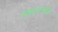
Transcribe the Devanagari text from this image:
बाह्यज्ञानरहित